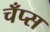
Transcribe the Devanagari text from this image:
चँप्स